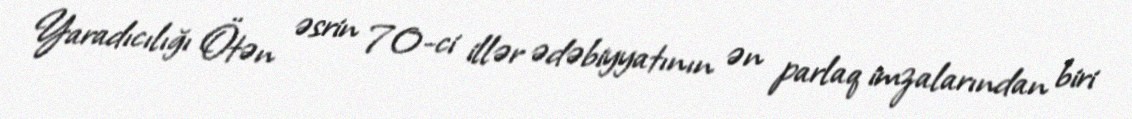
Yaradıcılığı Ötən əsrin 70-ci illər ədəbiyyatının ən parlaq imzalarından biri